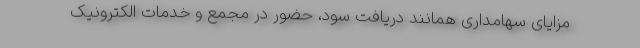
مزایای سهامداری همانند دریافت سود، حضور در مجمع و خدمات الکترونیک